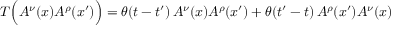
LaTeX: T \Bigl ( A ^ { \nu } ( x ) A ^ { \rho } ( x ^ { \prime } ) \Bigr ) = \theta ( t - t ^ { \prime } ) \, A ^ { \nu } ( x ) A ^ { \rho } ( x ^ { \prime } ) + \theta ( t ^ { \prime } - t ) \, A ^ { \rho } ( x ^ { \prime } ) A ^ { \nu } ( x )